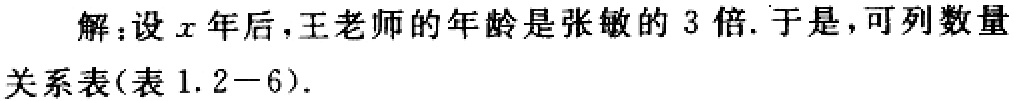
解：设\(x\)年后，王老师的年龄是张敏的\(3\)倍. 于是，可列数量关系表(表1.2 - 6).